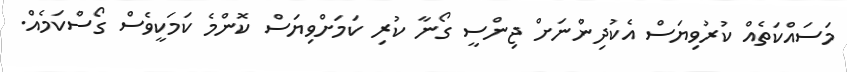
މަސައްކަތެއް ކުރުވިޔަސް އެކުދިންނަށް ޖިންސީ ގޯނާ ކުރި ކަމަށްވިޔަސް ކޮންމެ ކަމަކީވެސް ގޯސްކަމެއް.